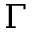
\Gamma